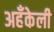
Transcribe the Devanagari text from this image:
अहँकेली